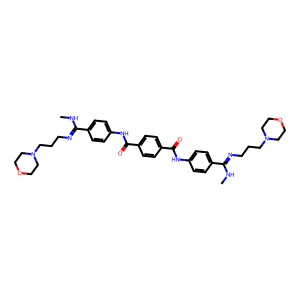
SMILES: CNC(=NCCCN1CCOCC1)c1ccc(NC(=O)c2ccc(C(=O)Nc3ccc(C(=NCCCN4CCOCC4)NC)cc3)cc2)cc1
Inhibits HIV replication: No